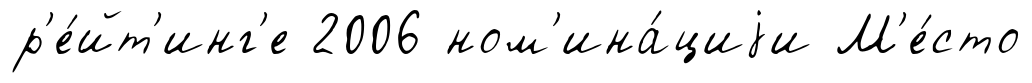
р'е́йт'инг'е 2006 ном'ина́циjи М'е́сто